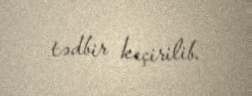
tədbir keçirilib.